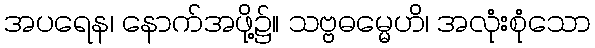
အပရေန၊ နောက်အဖို့၌။ သဗ္ဗဓမ္မေဟိ၊ အလုံးစုံသော